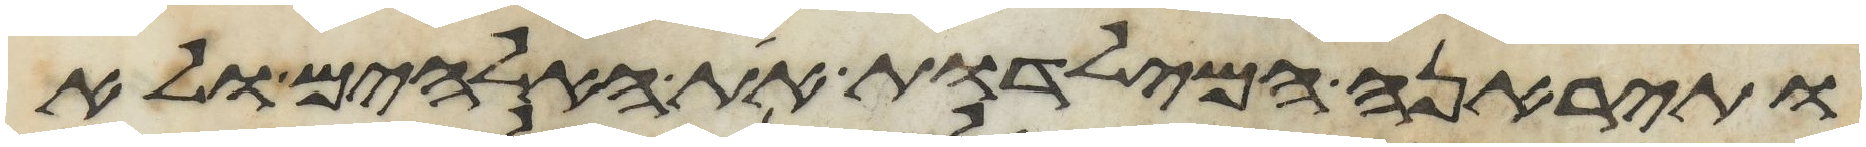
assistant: ותיראנה המילדות את האלהים ולא